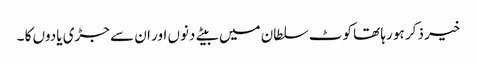
خیر ذکر ہو رہا تھا کوٹ سلطان میں بیتے دنوں اور ان سے جڑی یادوں کا ۔